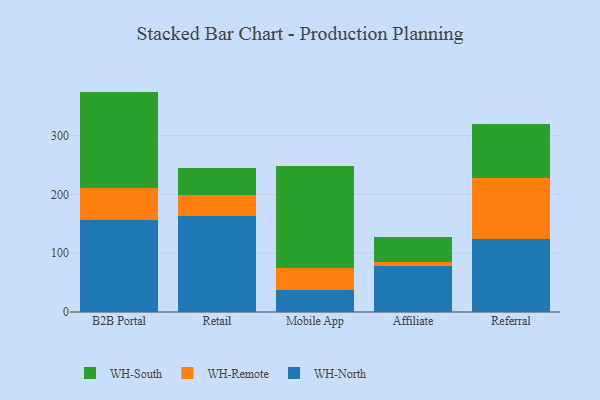
{"axis": {"x": "Channel", "y": "Active Users"}, "legend": ["WH-North", "WH-Remote", "WH-South"], "data": [{"x": "B2B Portal", "y": 156.4, "type": "WH-North"}, {"x": "B2B Portal", "y": 54.3, "type": "WH-Remote"}, {"x": "B2B Portal", "y": 164.2, "type": "WH-South"}, {"x": "Retail", "y": 162.7, "type": "WH-North"}, {"x": "Retail", "y": 36.6, "type": "WH-Remote"}, {"x": "Retail", "y": 44.9, "type": "WH-South"}, {"x": "Mobile App", "y": 37.5, "type": "WH-North"}, {"x": "Mobile App", "y": 36.9, "type": "WH-Remote"}, {"x": "Mobile App", "y": 173.3, "type": "WH-South"}, {"x": "Affiliate", "y": 78.9, "type": "WH-North"}, {"x": "Affiliate", "y": 6.7, "type": "WH-Remote"}, {"x": "Affiliate", "y": 42.7, "type": "WH-South"}, {"x": "Referral", "y": 124.8, "type": "WH-North"}, {"x": "Referral", "y": 103.6, "type": "WH-Remote"}, {"x": "Referral", "y": 91.8, "type": "WH-South"}]}